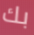
بك